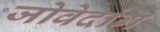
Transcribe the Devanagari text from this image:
जोवेदांग